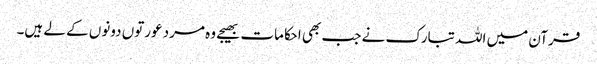
قرآن میں اللہ تبارک نے جب بھی احکامات بھیجے وہ مرد عورتوں دونوں کے لے ہیں۔